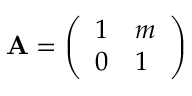
\mathbf { A } = { \left( \begin{array} { l l } { 1 } & { m } \\ { 0 } & { 1 } \end{array} \right) }